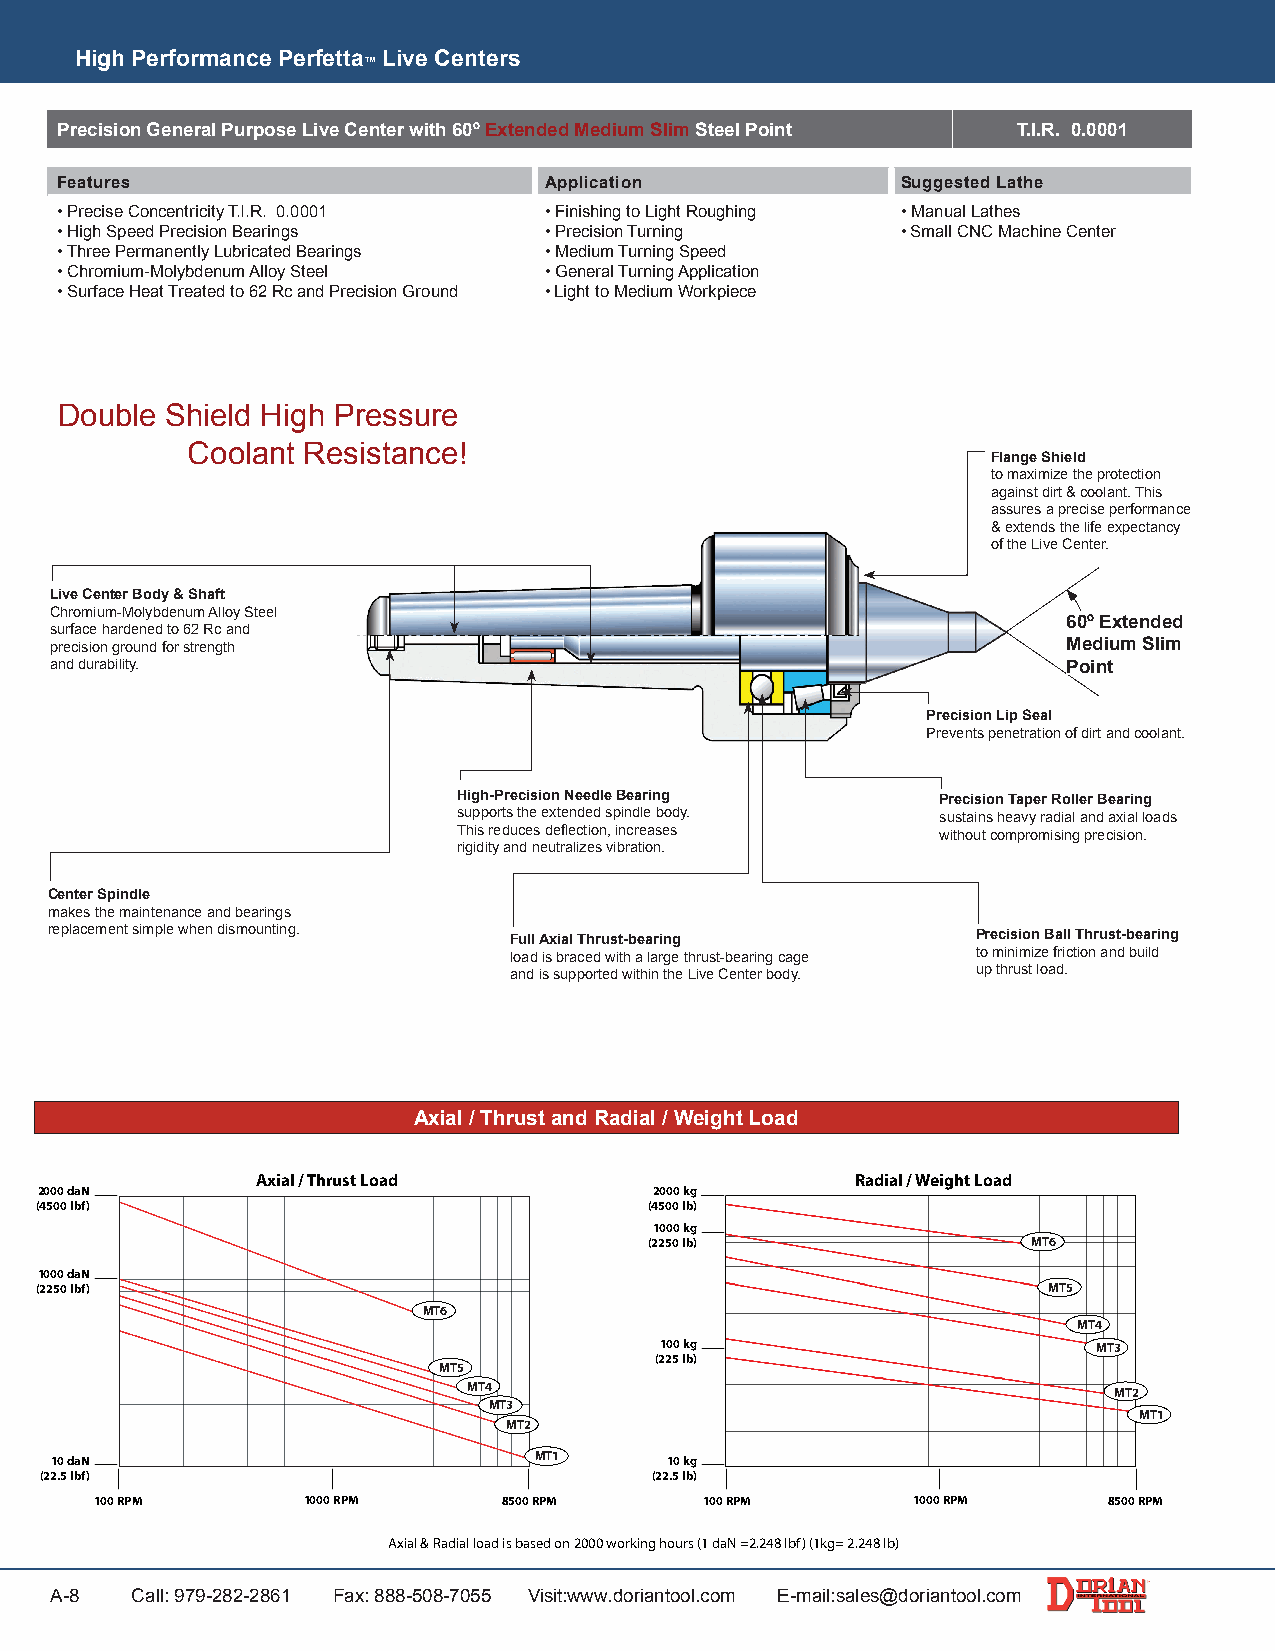
High Performance Perfetta Live Centers
 ™
 Precision General Purpose Live Center with 60º Extended Medium Slim Steel Point T.I.R. 0.0001
 Features                        Application             Suggested Lathe
 • Precise Concentricity T.I.R. 0.0001 • Finishing to Light Roughing • Manual Lathes
 • High Speed Precision Bearings • Precision Turning     • Small CNC Machine Center
 • Three Permanently Lubricated Bearings • Medium Turning Speed
 • Chromium-Molybdenum Alloy Steel • General Turning Application
 • Surface Heat Treated to 62 Rc and Precision Ground • Light to Medium Workpiece
 Double Shield High Pressure
 Coolant Resistance!
 Flange Shield
 to maximize the protection
 against dirt & coolant. This
 assures a precise performance
 & extends the life expectancy
 of the Live Center.
 Live Center Body & Shaft
 Chromium-Molybdenum Alloy Steel
 60º Extended
 surface hardened to 62 Rc and
 precision ground for strength                                       Medium Slim
 and durability.                                                     Point
 Precision Lip Seal
 Prevents penetration of dirt and coolant.
 High-Precision Needle Bearing   Precision Taper Roller Bearing
 supports the extended spindle body. sustains heavy radial and axial loads
 This reduces deflection, increases without compromising precision.
 rigidity and neutralizes vibration.
 Center Spindle
 makes the maintenance and bearings
 replacement simple when dismounting. Full Axial Thrust-bearing Precision Ball Thrust-bearing
 load is braced with a large thrust-bearing cage to minimize friction and build
 and is supported within the Live Center body. up thrust load.
 Axial / Thrust and Radial / Weight Load
 Axial / Thrust Load                     Radial / Weight Load
 2000 daN                                 2000 kg
 (4500 lbf)                               (4500 lb)
 1000 kg
 (2250 lb)                MT6
 1000 daN
 (2250 lbf)                                                         MT5
 MT6
 MT4
 100 kg                       MT3
 (225 lb)
 MT5
 MT4                                        MT2
 MT3
 MT1
 MT2
 10 daN                          MT1      10 kg
 (22.5 lbf)                              (22.5 lb)
 100 RPM       1000 RPM     8500 RPM      100 RPM      1000 RPM     8500 RPM
 Axial & Radial load is based on 2000 working hours (1 daN =2.248 lbf) (1kg= 2.248 lb)
 A-8   Call: 979-282-2861 Fax: 888-508-7055 Visit:www.doriantool.com E-mail:sales@doriantool.com